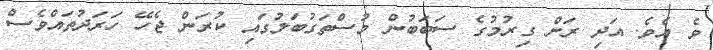
ވެ އެވެ. އަދި ރަށް ގިރުމުގެ ސަބަބުން މުސްތަގުބަލުގައި ކުރަން ޖެހޭ ހަރަދުތައްވެސް